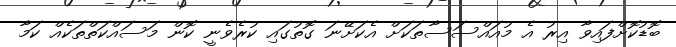
ބޮޑުކޮށްފައިވާ އިރު އެ މުއައްސަސާތަކަށް އެކަށޭނަ ގޮތުގައި ކުރެވެނީ ކޮން މަސައްކަތްތަކެއް ކަމާ